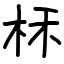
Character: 柇